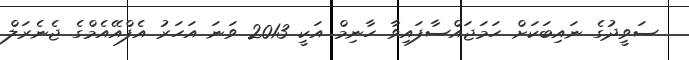
ސަވީދުގެ ނައިބަކަށް ހަމަޖައްސާފައިވާ ހާނިމް އަކީ 2013 ވަނަ އަހަރު އެފްއޭއެމްގެ ޖެނެރަލް